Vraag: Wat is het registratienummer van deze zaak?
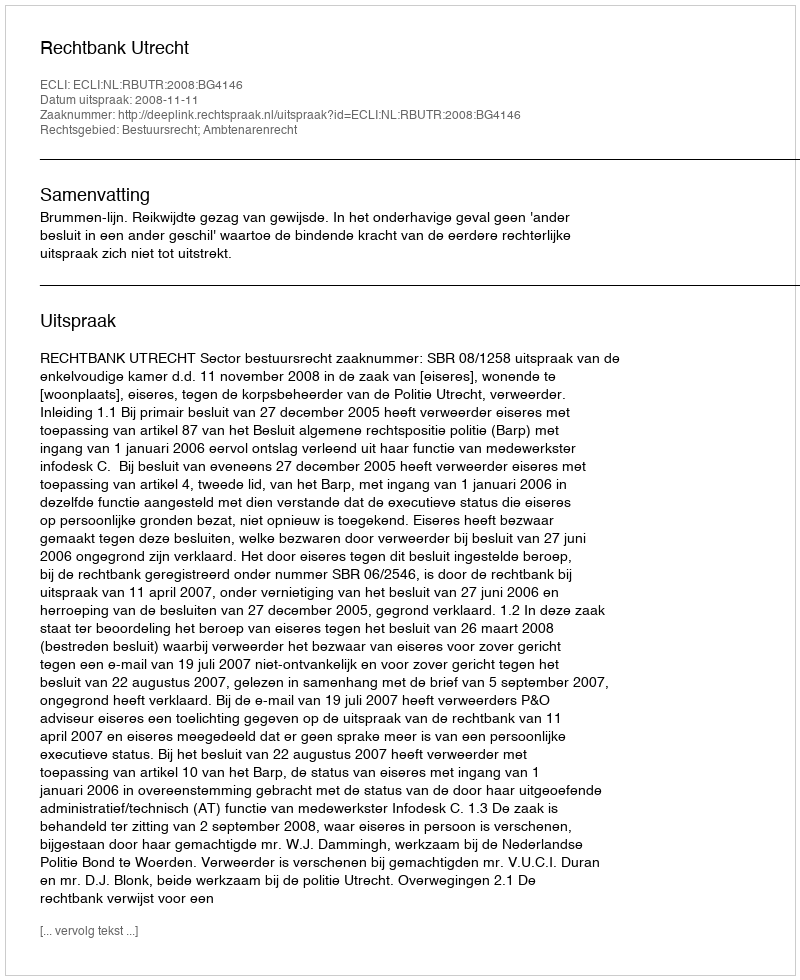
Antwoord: http://deeplink.rechtspraak.nl/uitspraak?id=ECLI:NL:RBUTR:2008:BG4146